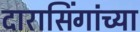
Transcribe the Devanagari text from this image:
दारासिंगांच्या